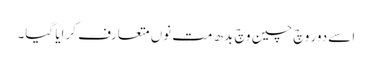
اسے دور وچ چین وچ بدھ مت نوں متعارف کرایا گیا۔